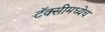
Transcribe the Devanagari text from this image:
टॅक्सीमध्येच